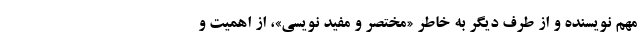
مهم نویسنده و از طرف دیگر به خاطر «مختصر و مفید نویسی»، از اهمیت و